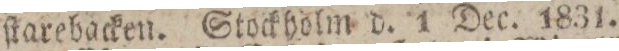
ſtarebacken. Stockholm d. 1 Dec. 1831.